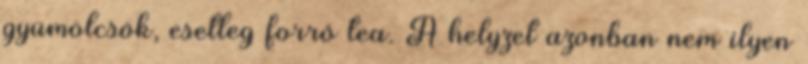
gyümölcsök, esetleg forró tea. A helyzet azonban nem ilyen